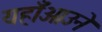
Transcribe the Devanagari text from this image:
यहाँआउने